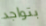
بتواجد